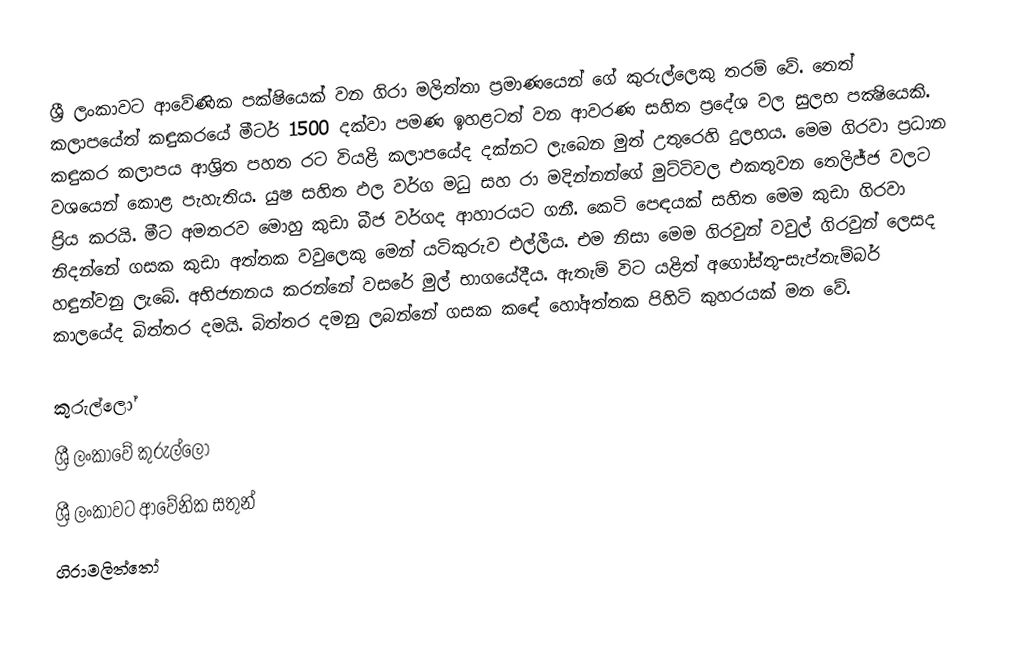
ශ්‍රී ලංකාවට ආවේණික පක්ෂියෙක් වන ගිරා මලිත්තා ප්‍රමාණයෙන් ගේ කුරුල්ලෙකු තරම් වේ. තෙත් කලාපයේත් කඳුකරයේ මීටර් 1500 දක්වා පමණ ඉහළටත් වන ආවරණ සහිත ප්‍රදේශ වල සුලභ පක්‍ෂියෙකි. කඳුකර කලාපය ආශ්‍රිත පහත රට වියළි කලාපයේද දක්නට ලැබෙන මුත් උතුරෙහි දුලභය. මෙම ගිරවා ප්‍රධාන වශයෙන් කොළ පැහැතිය. යුෂ සහිත ඵල වර්ග මධු සහ රා මදින්නන්ගේ මුට්ටිවල එකතුවන තෙලිජ්ජ වලට ප්‍රිය කරයි. මීට අමතරව මොහු කුඩා බීජ වර්ගද ආහාරයට ගනී. කෙටි පෙඳයක් සහිත මෙම කුඩා ගිරවා නිදන්නේ ගසක කුඩා අත්තක වවුලෙකු මෙන් යටිකුරුව එල්ලීය. එම නිසා මෙම ගිරවුන් වවුල් ගිරවුන් ලෙසද හඳුන්වනු ලැබේ. අභිජනනය කරන්නේ වසරේ මුල් භාගයේදීය. ඇතැම් විට යළිත් අගෝස්තු-සැප්තැම්බර් කාලයේද බිත්තර දමයි. බිත්තර දමනු ලබන්නේ ගසක කඳේ හෝඅත්තක පිහිටි කුහරයක් මත වේ.

කුරුල්ලෝ
ශ්‍රී ලංකාවේ කුරුල්ලෝ
ශ්‍රී ලංකා‍වට ආවේනික සතුන්
ගිරාමලිත්තෝ